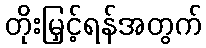
တိုးမြှင့်ရန်အတွက်